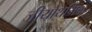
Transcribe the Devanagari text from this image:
जीयोथर्मिक